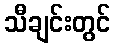
သီချင်းတွင်